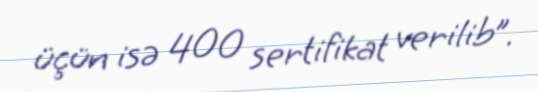
üçün isə 400 sertifikat verilib”.